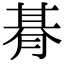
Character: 朞